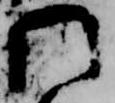
門